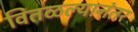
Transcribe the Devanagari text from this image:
वितळल्यानंतर